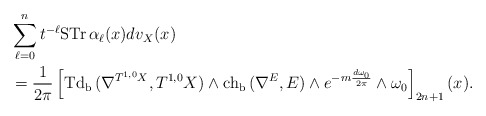
\begin{align*} &\sum^n_{\ell=0}t^{-\ell}\mathrm{STr\,}\alpha_\ell(x)dv_X(x) \\&=\frac{1}{2\pi}\left[\mathrm{Td_b\,}(\nabla^{T^{1,0}X},T^{1,0}X)\wedge\mathrm{ch_b\,}(\nabla^{E},E)\wedge e^{-m\frac{d\omega_0}{2\pi}}\wedge\omega_0\right]_{2n+1}(x).\end{align*}